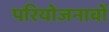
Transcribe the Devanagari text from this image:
परियोजनावों